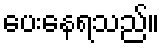
ပေးနေရသည်။